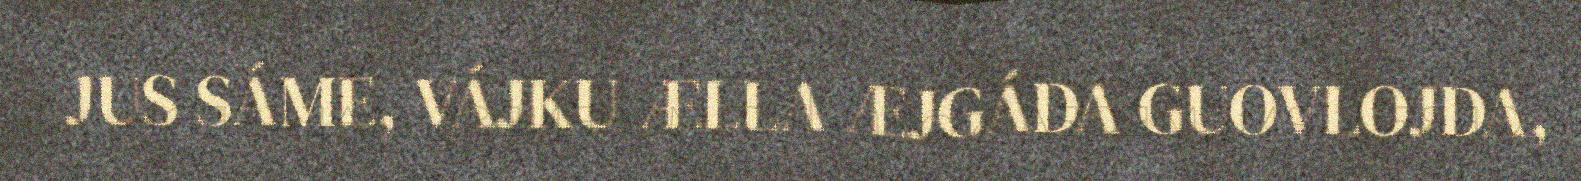
JUS SÁME, VÁJKU ÆLLA ÆJGÁDA GUOVLOJDA,